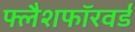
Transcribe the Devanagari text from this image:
फ्लैशफॉरवर्ड